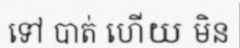
ទៅ បាត់ ហើយ មិន